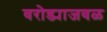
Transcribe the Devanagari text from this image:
वरोड्याजवळ